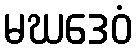
မဃဒေဝံ